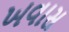
ખવાસ